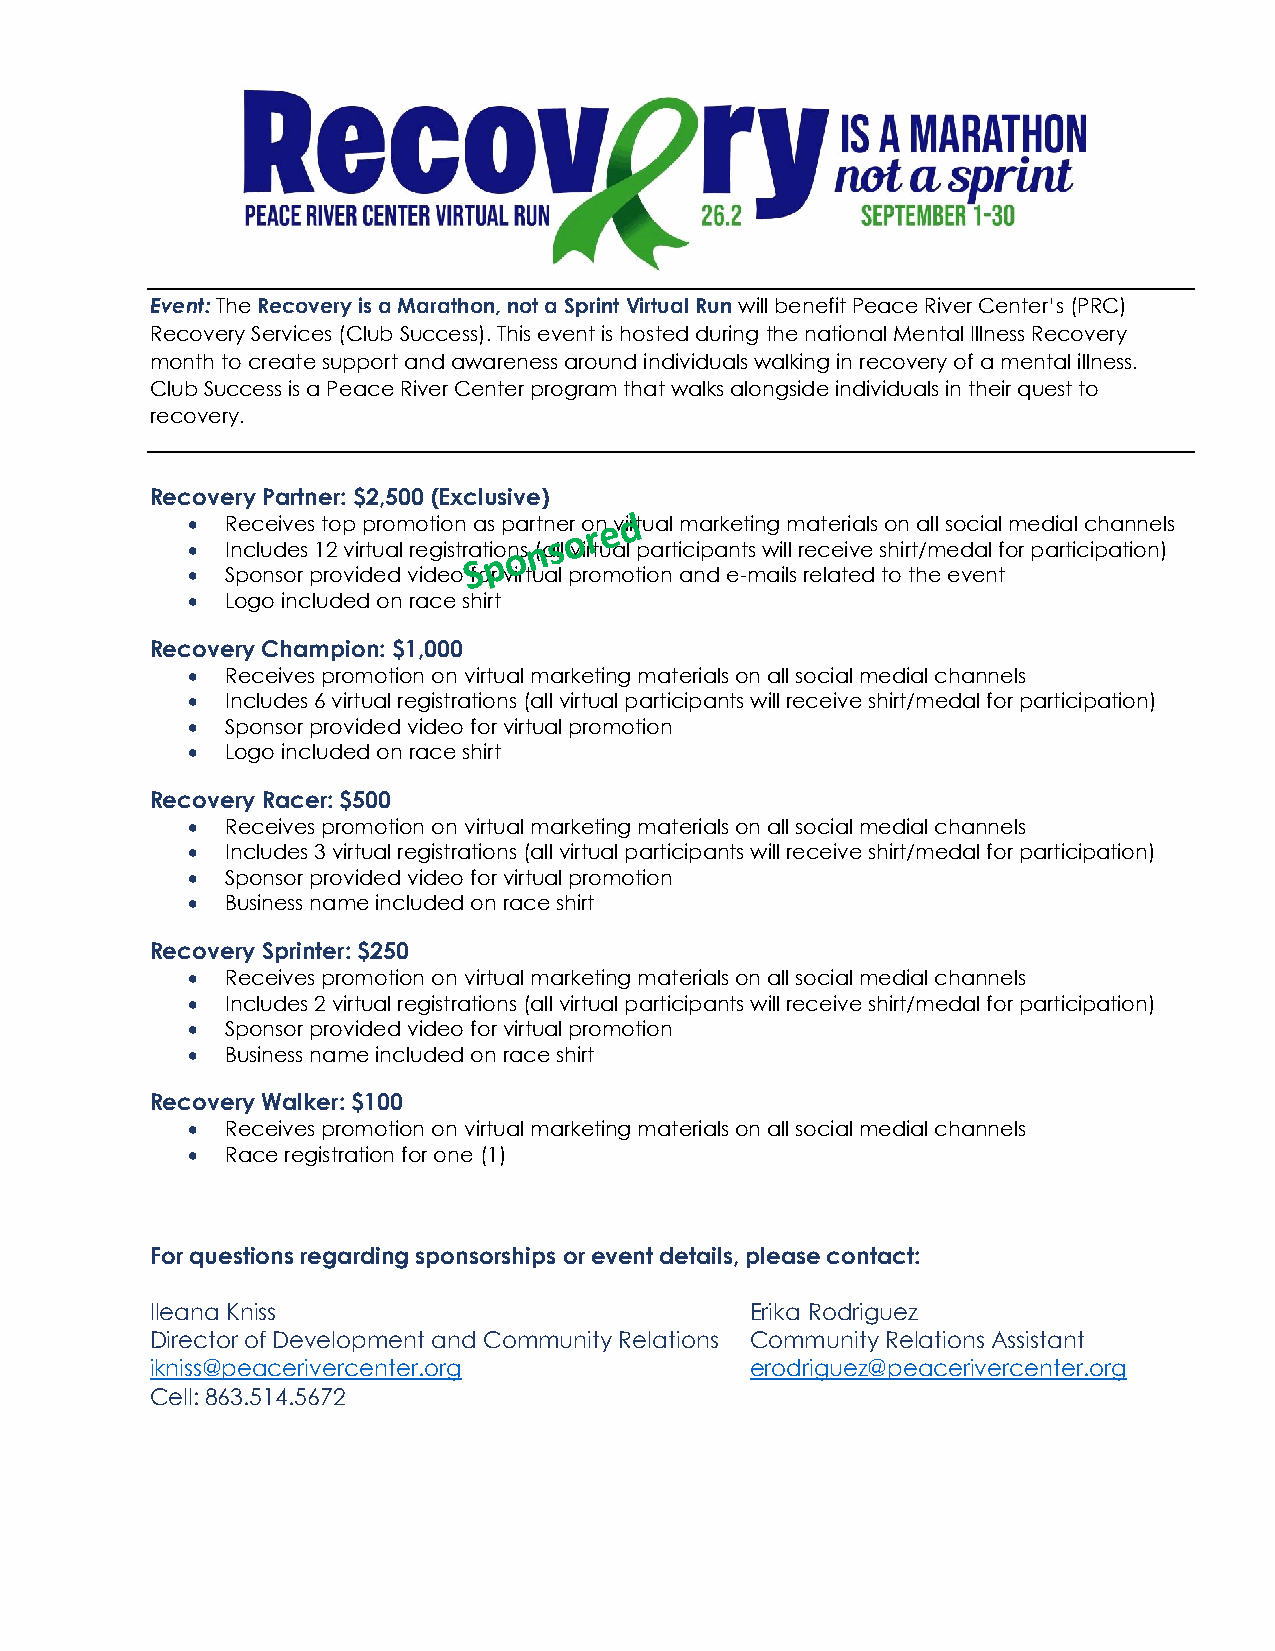
Event: The Recovery is a Marathon, not a Sprint Virtual Run will benefit Peace River Center’s (PRC)
 Recovery Services (Club Success). This event is hosted during the national Mental Illness Recovery
 month to create support and awareness around individuals walking in recovery of a mental illness.
 Club Success is a Peace River Center program that walks alongside individuals in their quest to
 recovery.
 Recovery Partner: $2,500 (Exclusive)
   Receives top promotion as partner on virtual marketing materials on all social medial channels
   Includes 12 virtual registrations (all virtual participants will receive shirt/medal for participation)
   Sponsor provided video for virtual promotion and e-mails related to the event
   Logo included on race shirt
 Recovery Champion: $1,000
   Receives promotion on virtual marketing materials on all social medial channels
   Includes 6 virtual registrations (all virtual participants will receive shirt/medal for participation)
   Sponsor provided video for virtual promotion
   Logo included on race shirt
 Recovery Racer: $500
   Receives promotion on virtual marketing materials on all social medial channels
   Includes 3 virtual registrations (all virtual participants will receive shirt/medal for participation)
   Sponsor provided video for virtual promotion
   Business name included on race shirt
 Recovery Sprinter: $250
   Receives promotion on virtual marketing materials on all social medial channels
   Includes 2 virtual registrations (all virtual participants will receive shirt/medal for participation)
   Sponsor provided video for virtual promotion
   Business name included on race shirt
 Recovery Walker: $100
   Receives promotion on virtual marketing materials on all social medial channels
   Race registration for one (1)
 For questions regarding sponsorships or event details, please contact:
 Ileana Kniss                            Erika Rodriguez
 Director of Development and Community Relations Community Relations Assistant
 ikniss@peacerivercenter.org             erodriguez@peacerivercenter.org
 Cell: 863.514.5672